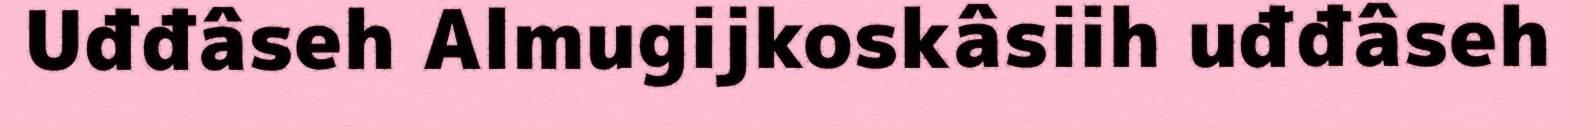
Uđđâseh Almugijkoskâsiih uđđâseh